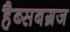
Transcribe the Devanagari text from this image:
हैब्सबग्रज